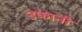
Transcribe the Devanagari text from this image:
उफानी